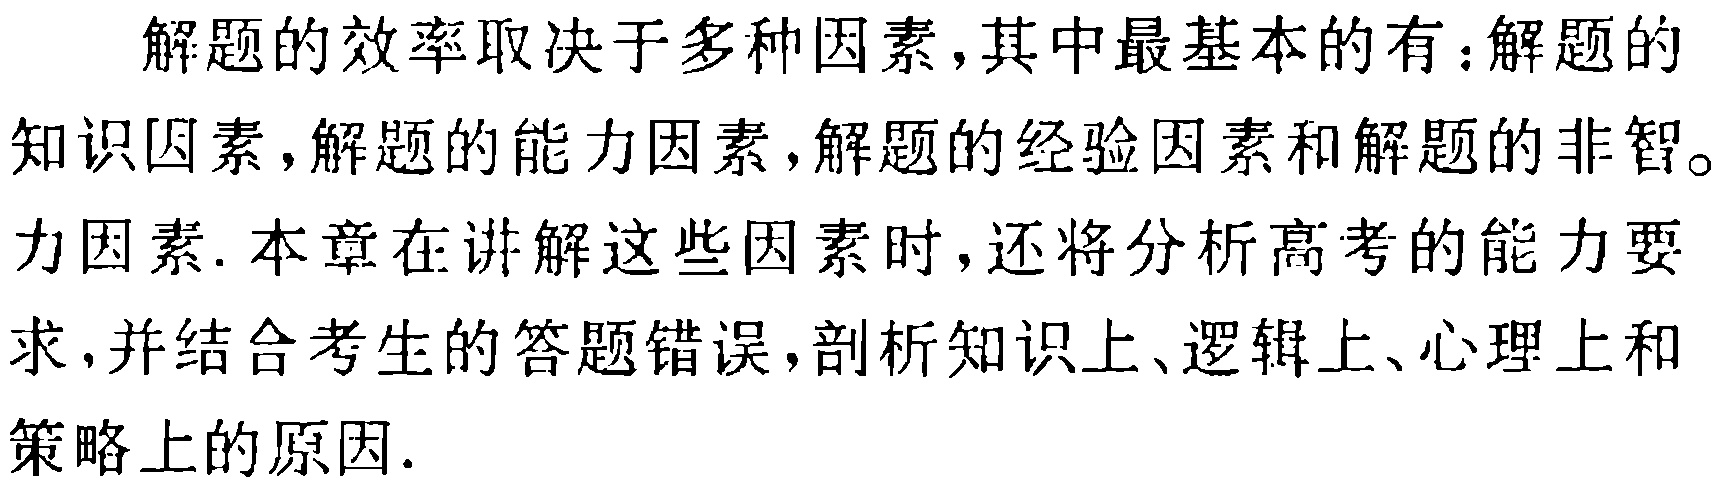
解题的效率取决于多种因素,其中最基本的有：解题的知识因素,解题的能力因素,解题的经验因素和解题的非智。力因素. 本章在讲解这些因素时,还将分析高考的能力要求,并结合考生的答题错误,剖析知识上、逻辑上、心理上和策略上的原因.